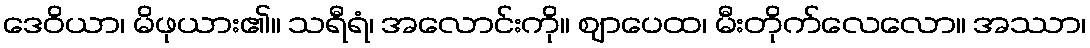
ဒေဝိယာ၊ မိဖုယား၏။ သရီရံ၊ အလောင်းကို။ ဈာပေထ၊ မီးတိုက်လေလော။ အဿာ၊